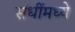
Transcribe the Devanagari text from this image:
संधींमध्ये